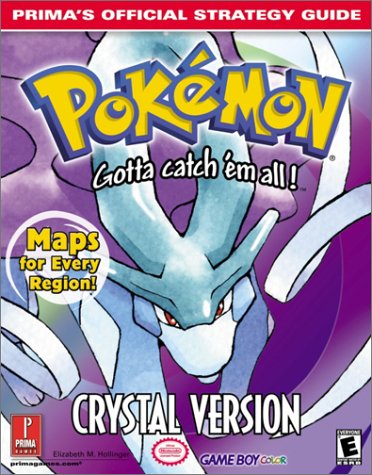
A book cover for Pokemon: Crystal Version (Prima's Official Strategy Guide); Elizabeth M. Hollinger; Computers & Technology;